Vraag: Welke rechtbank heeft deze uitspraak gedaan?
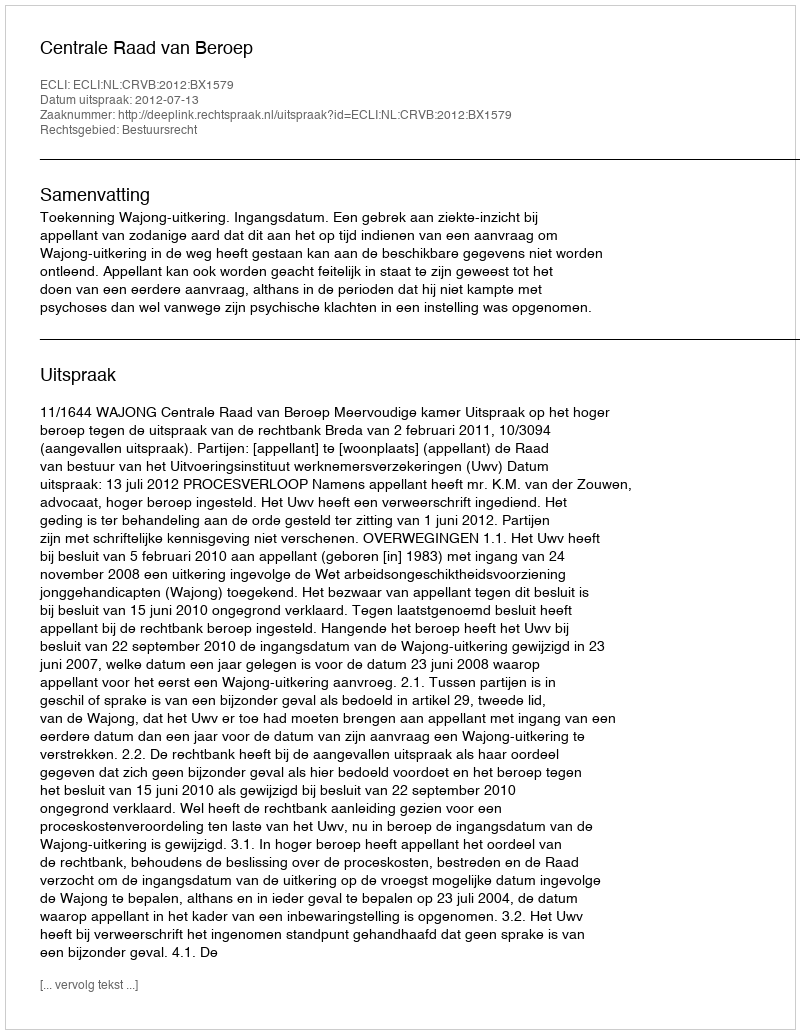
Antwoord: Centrale Raad van Beroep